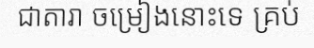
ជាតារា ចម្រៀងនោះទេ គ្រប់